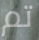
تم